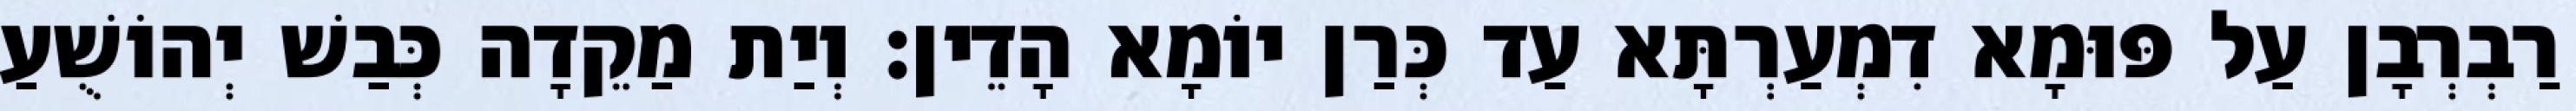
רַבְרְבָן עַל פּוּמָא דִמְעַרְתָּא עַד כְּרַן יוֹמָא הָדֵין׃ וְיַת מַקֵדָה כְּבַשׁ יְהוֹשֻׁעַ